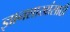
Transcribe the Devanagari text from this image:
ज्ञानशाखांसाठी